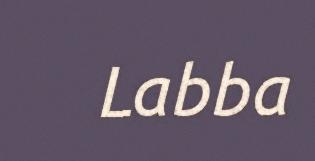
Labba